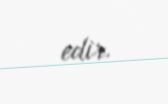
edir.